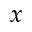
x